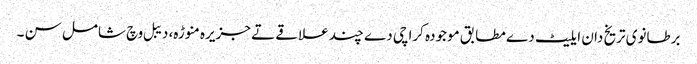
برطانوی تریخ دان ایلیٹ دے مطابق موجودہ کراچی دے چند علاقے تے جزیرہ منوڑہ، دیبل وچ شامل سن ۔